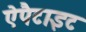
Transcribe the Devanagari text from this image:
ऐपैटाइट